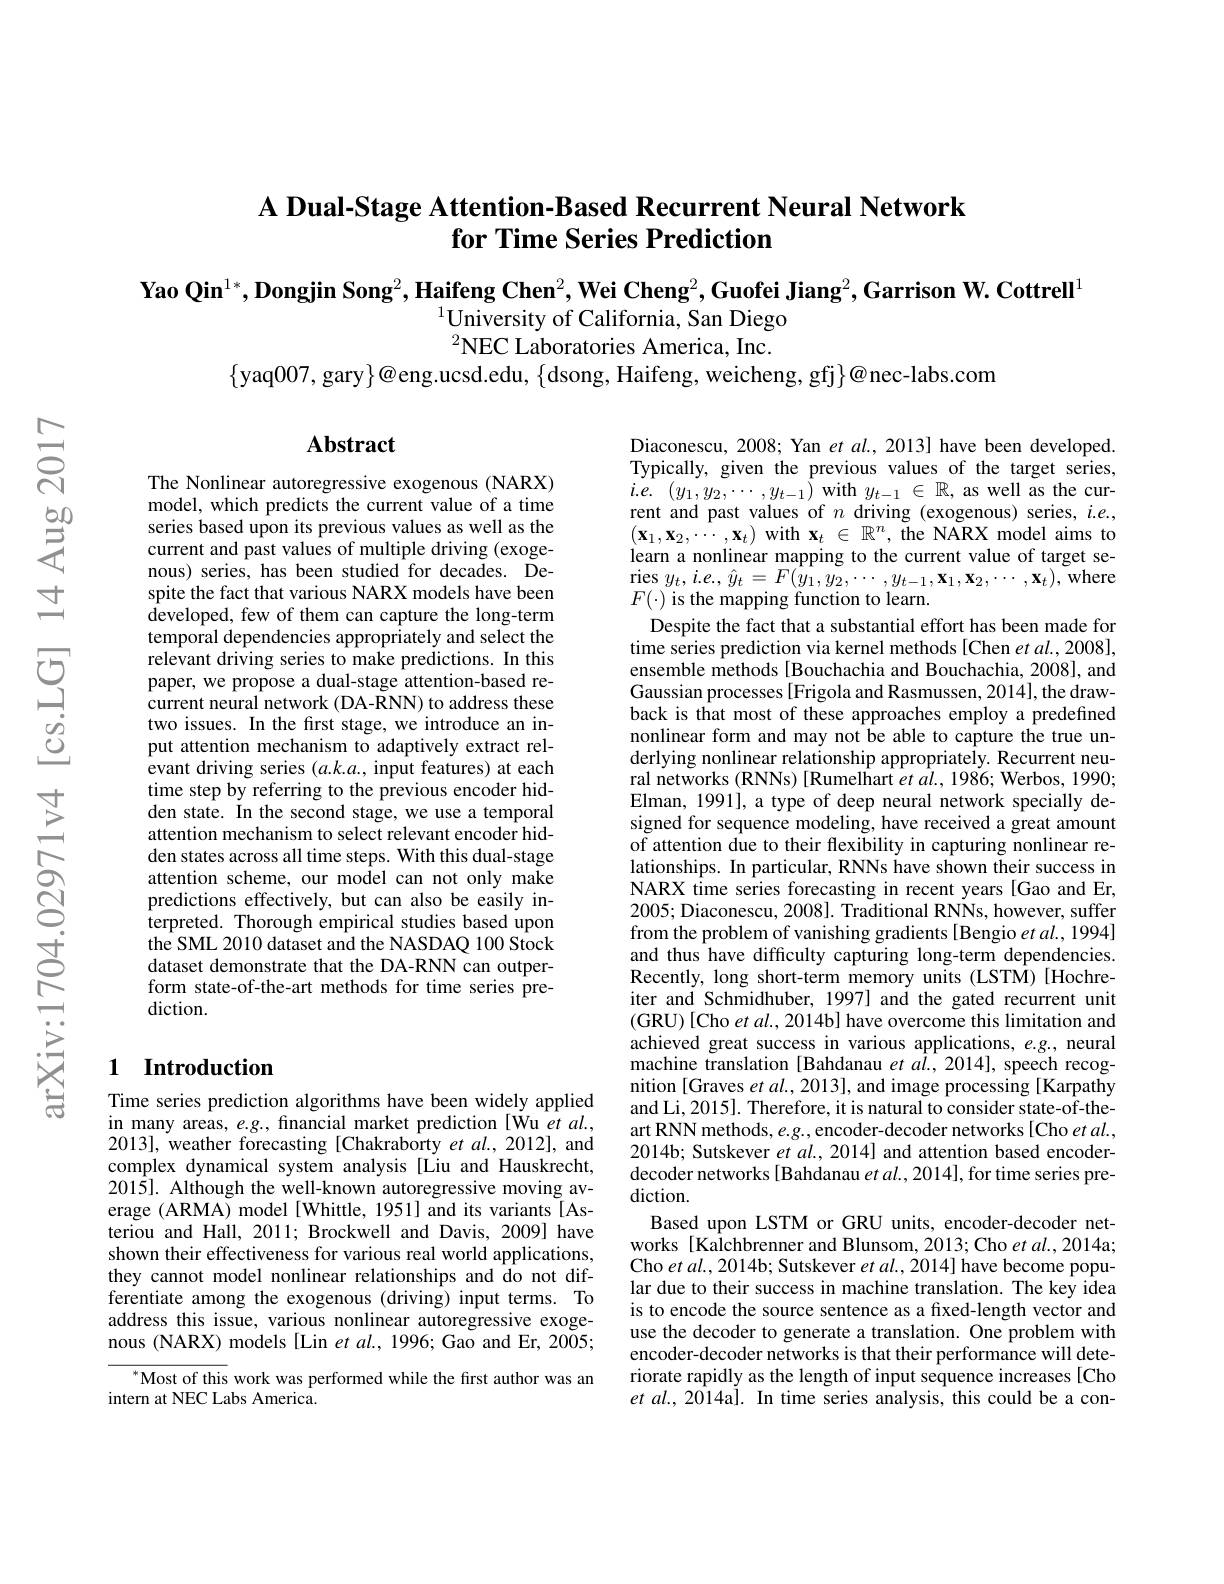
## A Dual-Stage Attention-Based Recurrent Neural Network for Time Series Prediction

$\textbf{Yao Qin}^{1*},\textbf{Dongjin Song}^2,\textbf{Haifeng Chen}^2,\textbf{Wei Cheng}^2,\textbf{Guofei Jiang}^2,\textbf{Garrison W. Cottrell}^1$
$^{1}$University of California, San Diego $^2$NEC Laboratories America, Inc.

$\{$yaq007,gary$\}@$eng.ucsd.edu, $\{$dsong, Haifeng, weicheng, gfj$\}@$nec-labs.com

## $\mathbf{Abstract}$

The Nonlinear autoregressive exogenous (NARX) model, which predicts the current value of a time series based upon its previous values as well as the current and past values of multiple driving (exogenous) series, has been studied for decades. Despite the fact that various NARX models have been developed, few of them can capture the long-term temporal dependencies appropriately and select the relevant driving series to make predictions. In this paper, we propose a dual-stage attention-based recurrent neural network (DA-RNN) to address these two issues. In the first stage, we introduce an input attention mechanism to adaptively extract relevant driving series $(a.k.a.$, input features) at each time step by referring to the previous encoder hidden state. In the second stage, we use a temporal attention mechanism to select relevant encoder hidden states across all time steps. With this dual-stage attention scheme, our model can not only make predictions effectively, but can also be easily interpreted. Thorough empirical studies based upon the SML 2010 dataset and the NASDAQ 100 Stock dataset demonstrate that the DA-RNN can outperform state-of-the-art methods for time series prediction.

Diaconescu, 2008; Yan $et\textit{al. , 2013}$ have been developed Typically, given the previous values of the target series, $i. e. ( y_{1}, y_{2}, \cdots , y_{t- 1}) $with $y_{t- 1} \in \mathbb{R} , $as well as the current and past values of $n$ driving (exogenous) series, $i.e.$, $(\mathbf{x}_{1},\mathbf{x}_{2},\cdots,\mathbf{x}_{t})$ with $\mathbf{x}_t\in\mathbb{R}^{n}$, the NARX model aims to learn a nonlinear mapping to the current value of target se- $\operatorname*{ries}y_{t},i.e.,\hat{y}_{t}=F(y_{1},y_{2},\cdots,y_{t-1},\mathbf{x}_{1},\mathbf{x}_{2},\cdots,\mathbf{x}_{t})$,where $F(\cdot)$ is the mapping function to learn.
Despite the fact that a substantial effort has been made for time series prediction via kernel methods[Chen et al., 2008], ensemble methods [Bouchachia and Bouchachia, 2008], and Gaussian processes [Frigola and Rasmussen, 2014], the drawback is that most of these approaches employ a predefined nonlinear form and may not be able to capture the true underlying nonlinear relationship appropriately. Recurrent neural networks (RNNs) [Rumelhart et al., 1986; Werbos, 1990; Elman, 1991], a type of deep neural network specially designed for sequence modeling, have received a great amount of attention due to their flexibility in capturing nonlinear relationships. In particular, RNNs have shown their success in NARX time series forecasting in recent years[Gao and Er, 2005; Diaconescu, 2008]. Traditional RNNs, however, suffer from the problem of vanishing gradients [Bengio et al., 1994] and thus have difficulty capturing long-term dependencies. Recently, long short-term memory units (LSTM) [Hochreiter and Schmidhuber, 1997] and the gated recurrent unit (GRU)[Cho et al., 2014b] have overcome this limitation and achieved great success in various applications, e.g. neural machine translation [Bahdanau et al., 2014], speech recognition [Graves et al., 2013], and image processing [Karpathy and Li, 2015]. Therefore, it is natural to consider state-of-theart RNN methods, e.g., encoder- decoder networks [Cho et al., 2014b; Sutskever $etal.,2014]$ and attention based encoderdecoder networks [Bahdanau $etal.,2014]$,for time series prediction.
Based upon LSTM or GRU units, encoder-decoder networks [Kalchbrenner and Blunsom, 2013; Cho $et\textit{al. , 2014a; }$ Cho et al., 2014b; Sutskever $et\textit{al. , 2014] have become popu- }$ lar due to their success in machine translation. The key idea is to encode the source sentence as a fixed-length vector and use the decoder to generate a translation. One problem with encoder-decoder networks is that their performance will deteriorate rapidly as the length of input sequence increases [Cho $etal.,2014$a]. In time series analysis, this could be a con-

### 1 Introduction

Time series prediction algorithms have been widely applied in many areas, $e.g.$, financial market prediction[Wu et $al.$ 2013], weather forecasting [Chakraborty et al., 2012], and complex dynamical system analysis [Liu and Hauskrecht, $201\hat{5}].$ Although the well-known autoregressive moving average (ARMA) model[Whittle, 1951] and its variants [Asteriou and Hall, 2011; Brockwell and Davis, 2009] have shown their effectiveness for various real world applications, they cannot model nonlinear relationships and do not differentiate among the exogenous (driving) input terms. To address this issue, various nonlinear autoregressive exogenous (NARX) models [Lin et al., 1996; Gao and Er, 2005;

$^{*}$Most of this work was performed while the first author was an
intern at NEC Labs America.